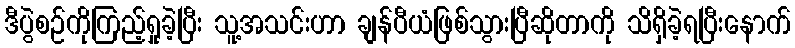
ဒီပွဲစဉ်ကိုကြည့်ရှုခဲ့ပြီး သူ့အသင်းဟာ ချန်ပီယံဖြစ်သွားပြီဆိုတာကို သိရှိခဲ့ရပြီးနောက်